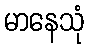
မာနေသုံ